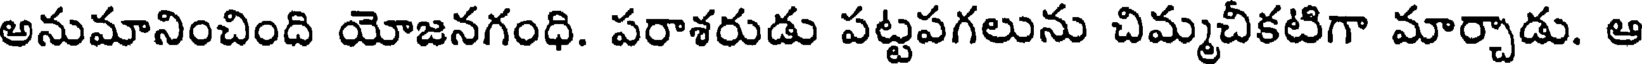
అనుమానించింది యోజనగంధి. పరాశరుడు పట్టపగలును చిమ్మచీకటిగా మార్చాడు. ఆ